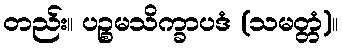
တည်း။ ပဉ္စမသိက္ခာပဒံ (သမတ္တံ)။